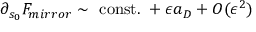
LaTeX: \partial _ { s _ { 0 } } { \cal F } _ { m i r r o r } \sim \mathrm { ~ c o n s t . ~ } + \epsilon a _ { D } + { \cal O } ( \epsilon ^ { 2 } )